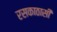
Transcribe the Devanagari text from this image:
रसकाठासी